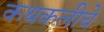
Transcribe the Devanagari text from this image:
कथकलीचे